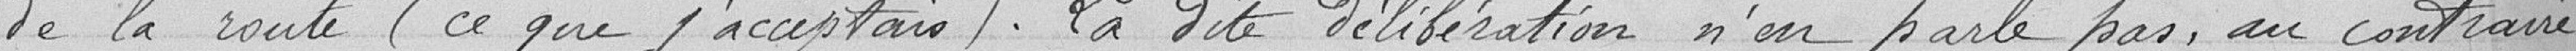
de la route (ce que j'acceptais). La dite délibération n'en parle pas, au contraire,